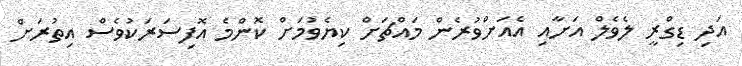
އަދި ޑިގްރީ ލެވެލް އަށާއި އެއަށްވުރެން މައްޗަށް ކިޔެވުމަށް ކޮންމެ އޮފިސަރަކުވެސް އިތުރަށް